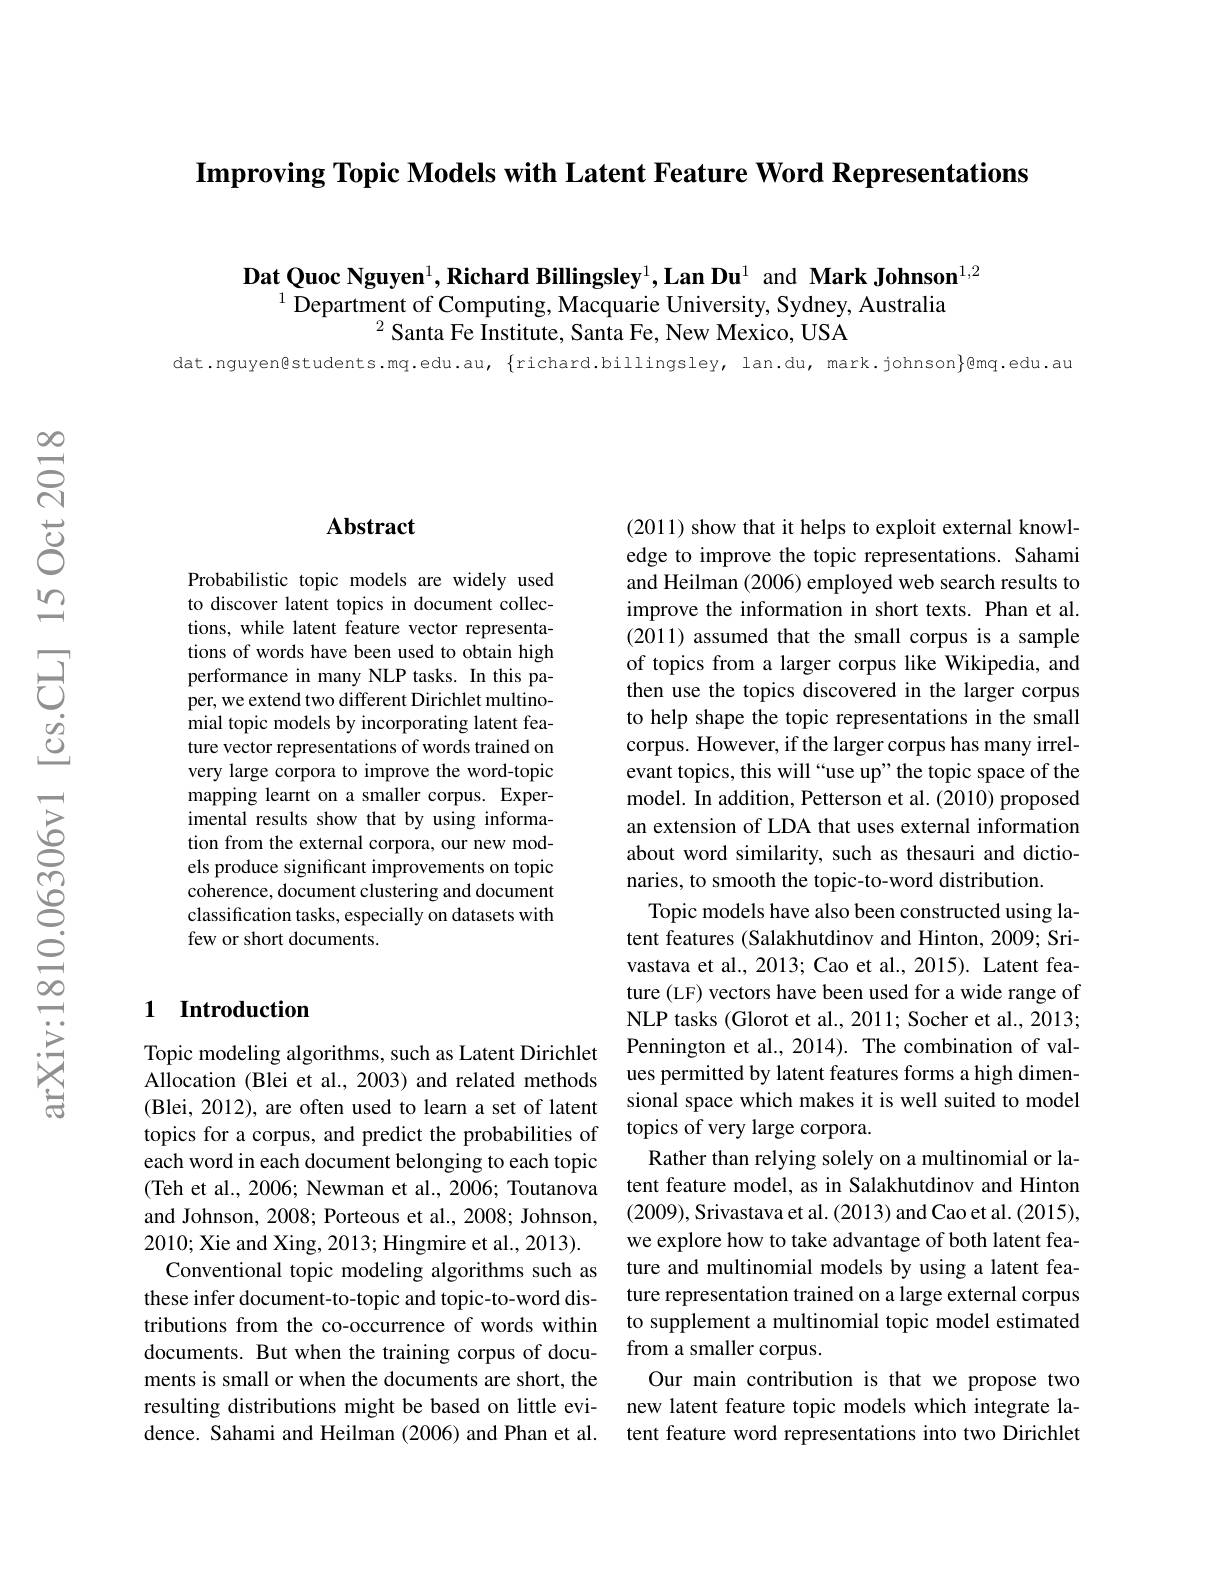
Improving Topic Models with Latent Feature Word Representations

Dat Quoc Nguyen$^1,\textbf{RichardBillingsley}^1,\textbf{LanDu}^1$ and Mark Johnson$^{1,2}$
$^{1}$ Department of Computing, Macquarie University, Sydney, Australia
$^{2}$Santa Fe Institute, Santa Fe, New Mexico, USA

dat.nguyen@students.mq.edu.au, $\{$richard.billingsley, lan.du, mark.johnson$\}$@mq.edu.au

$હ્રિં$

### $\mathbf{Abstract}$

Probabilistic topic models are widely used to discover latent topics in document collections, while latent feature vector representations of words have been used to obtain high performance in many NLP tasks. In this paper, we extend two different Dirichlet multinomial topic models by incorporating latent feature vector representations of words trained on very large corpora to improve the word-topic mapping learnt on a smaller corpus. Experimental results show that by using information from the external corpora, our new models produce significant improvements on topic coherence, document clustering and document classification tasks, especially on datasets with few or short documents.

### 1 Introduction

Topic modeling algorithms, such as Latent Dirichlet Allocation (Blei et al., 2003) and related methods (Blei, 2012), are often used to learn a set of latent topics for a corpus, and predict the probabilities of each word in each document belonging to each topic (Teh et al., 2006; Newman et al., 2006; Toutanova and Johnson, 2008; Porteous et al., 2008; Johnson, 2010; Xie and Xing, 2013; Hingmire et al., 2013). Conventional topic modeling algorithms such as these infer document-to-topic and topic-to-word distributions from the co-occurrence of words within ments is small or when the documents are short, the dence. Sahami and Heilman (2006) and Phan et al.

(2011) show that it helps to exploit external knowledge to improve the topic representations. Sahami and Heilman (2006) employed web search results to improve the information in short texts. Phan et al. (2011) assumed that the small corpus is a sample of topics from a larger corpus like Wikipedia, and then use the topics discovered in the larger corpus to help shape the topic representations in the small corpus. However, if the larger corpus has many irrelevant topics, this will “use up”the topic space of the model. In addition, Petterson et al. (2010) proposed an extension of LDA that uses external information about word similarity, such as thesauri and dictionaries, to smooth the topic-to-word distribution.
Topic models have also been constructed using latent features (Salakhutdinov and Hinton, 2009; Srivastava et al., 2013; Cao et al., 2015). Latent feature (LF) vectors have been used for a wide range of NLP tasks (Glorot et al., 2011; Socher et al., 2013; Pennington et al., 2014). The combination of values permitted by latent features forms a high dimensional space which makes it is well suited to model topics of very large corpora.
Rather than relying solely on a multinomial or latent feature model, as in Salakhutdinov and Hinton (2009), Srivastava et al. (2013) and Cao et al. (2015), we explore how to take advantage of both latent feature and multinomial models by using a latent feature representation trained on a large external corpus to supplement a multinomial topic model estimated
documents. But when the training corpus of docu- from a smaller corpus.
Our main contribution is that we propose two
resulting distributions might be based on little evi- new latent feature topic models which integrate la-
tent feature word representations into two Dirichlet